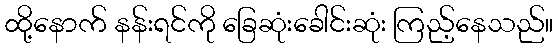
ထို့နောက် နန်းရင်ကို ခြေဆုံးခေါင်းဆုံး ကြည့်နေသည်။